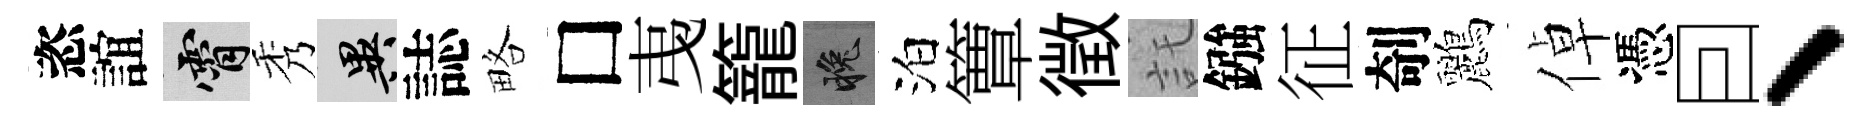
恣誼霄秀异誌略□𢎯籠晚泊簟徵託鏹征剞鸝倬憑囙、